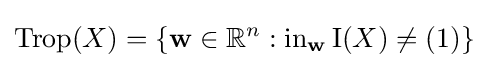
\operatorname {Trop} (X)=\{\mathbf {w} \in \mathbb {R} ^{n}:\operatorname {in} _{\mathbf {w} }\mathrm {I} (X)\neq (1)\}